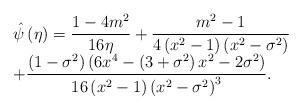
LaTeX: \begin{align*}\begin{array}[c]{l}\hat{{\psi}}\left( \eta\right) =\dfrac{1-4m^{2}}{16\eta}+\dfrac{m^{2}-1}{4\left( {x^{2}-1}\right) \left( {x^{2}-\sigma^{2}}\right) }\\+\dfrac{\left( {1-\sigma^{2}}\right) \left( {6x^{4}-\left( {3+\sigma^{2}}\right) x^{2}-2\sigma^{2}}\right) }{16\left( {x^{2}-1}\right) \left({x^{2}-\sigma^{2}}\right) ^{3}}.\end{array}\end{align*}